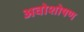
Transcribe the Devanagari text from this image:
अवोशोषण